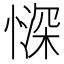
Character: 𱟃